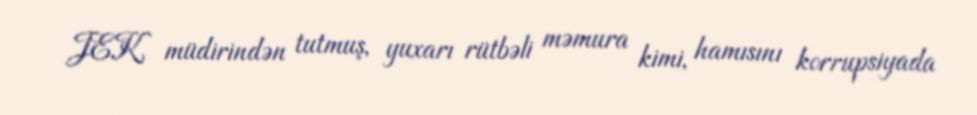
JEK müdirindən tutmuş, yuxarı rütbəli məmura kimi, hamısını korrupsiyada